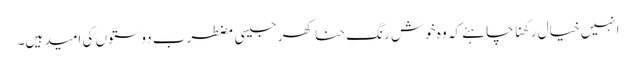
انہیں خیال رکھنا چاہئے کہ وہ خوش رنگ حنا کھر جیسی مضطرب دوستوں کی امید ہیں۔